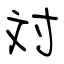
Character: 対